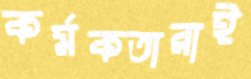
কর্মকতারাই